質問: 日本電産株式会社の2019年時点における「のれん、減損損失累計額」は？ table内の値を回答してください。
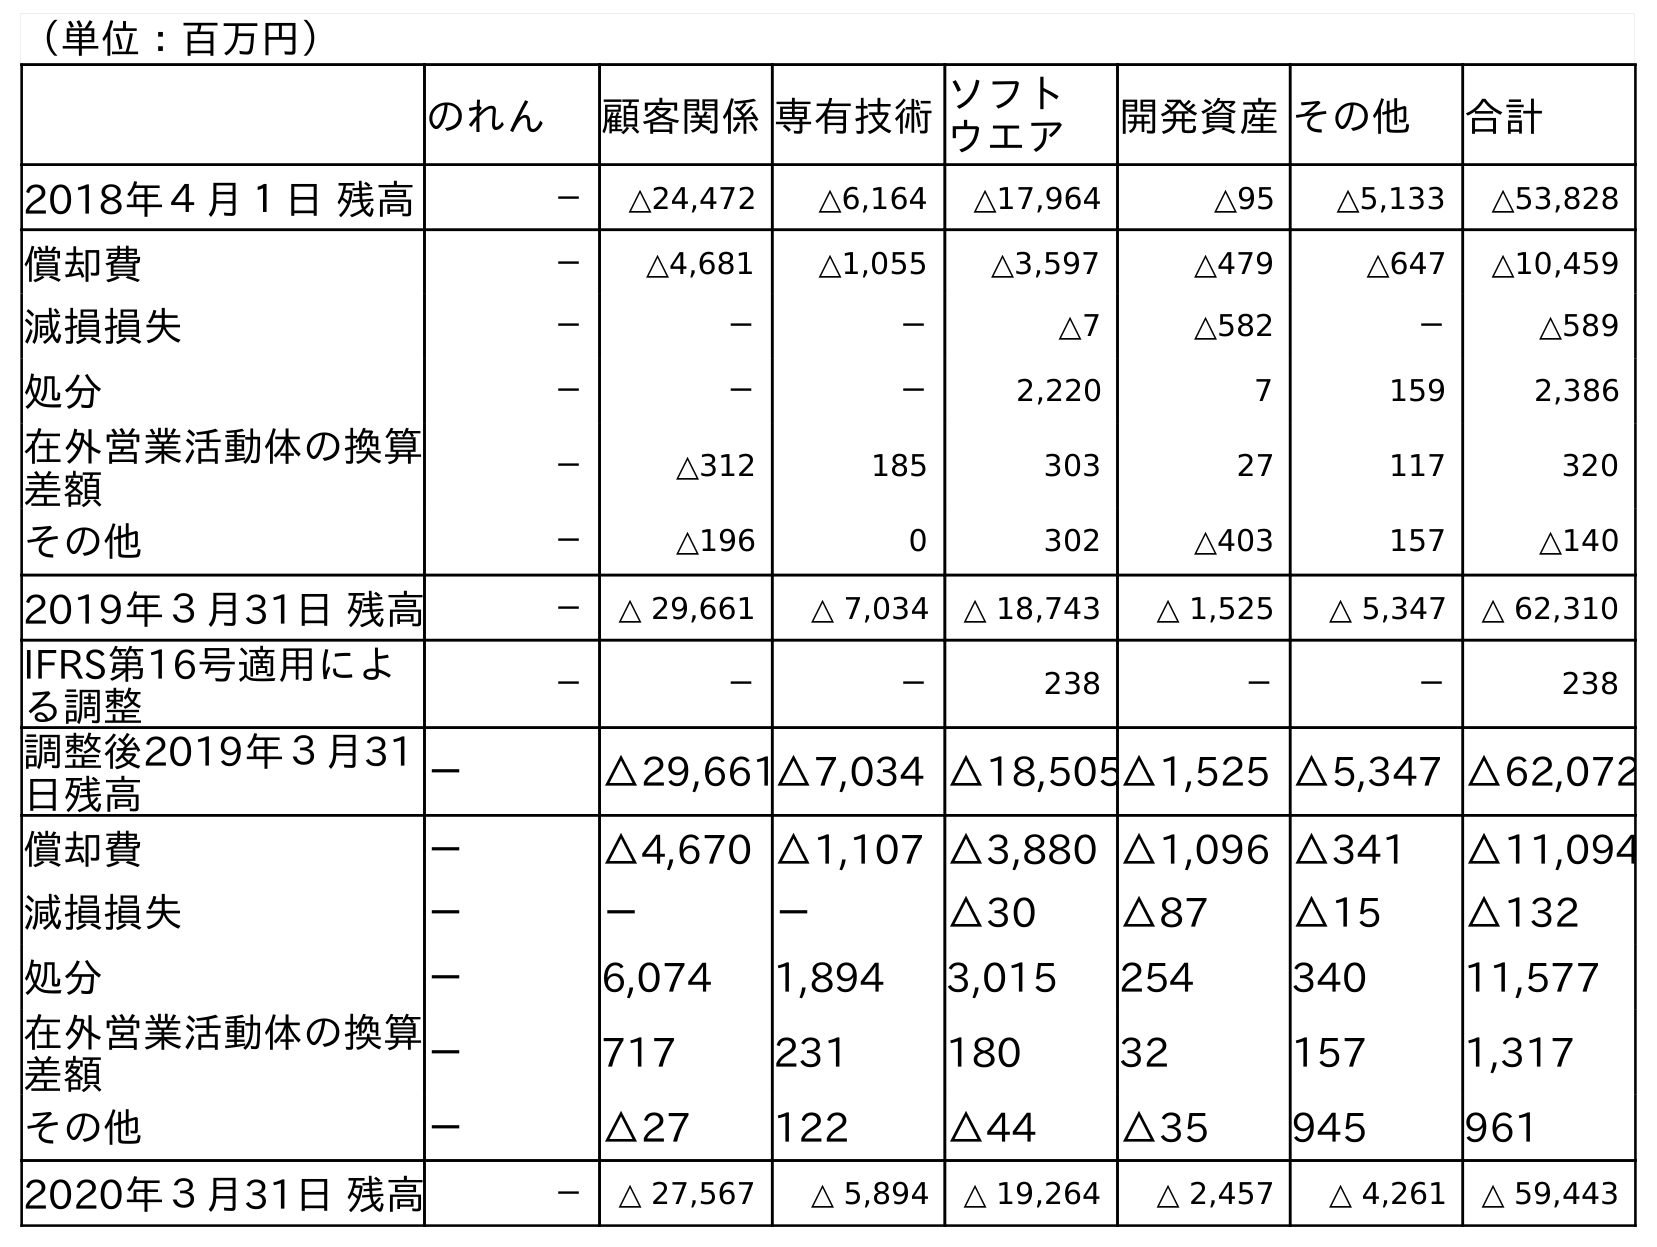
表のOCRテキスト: （単位：百万円） のれん 顧客関係専有技術ソフト ウエア 開発資産その他 合計 2018年４月１日 残高 － △24,472 △6,164 △17,964 △95 △5,133 △53,828 償却費 － △4,681 △1,055 △3,597 △479 △647 △10,459 減損損失 － － － △7 △582 － △589 処分 － － － 2,220 7 159 2,386 在外営業活動体の換算 差額 － △312 185 303 27 117 320 その他 － △196 0 302 △403 157 △140 2019年３月31日 残高 － △ 29,661 △ 7,034 △ 18,743 △ 1,525 △ 5,347 △ 62,310 IFRS第16号適用によ る調整 － － － 238 － － 238 調整後2019年３月31 日残高 － △29,661△7,034 △18,505△1,525 △5,347 △62,072 償却費 － △4,670 △1,107 △3,880 △1,096 △341 △11,094 減損損失 － － － △30 △87 △15 △132 処分 － 6,074 1,894 3,015 254 340 11,577 在外営業活動体の換算 差額 － 717 231 180 32 157 1,317 その他 － △27 122 △44 △35 945 961 2020年３月31日 残高 － △ 27,567 △ 5,894 △ 19,264 △ 2,457 △ 4,261 △ 59,443
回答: －